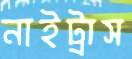
নাইট্রাস